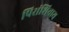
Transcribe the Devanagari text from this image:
पिरांशिवाय